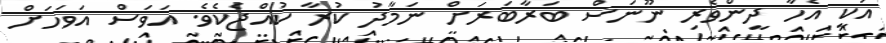
އަކީ އެހާ ދީންވެރި ނޫނަސް ބަރާބަރަށް ނަމާދު ކުރާ ކުއްޖެކެވެ. އަވަސް އަވަހަށް